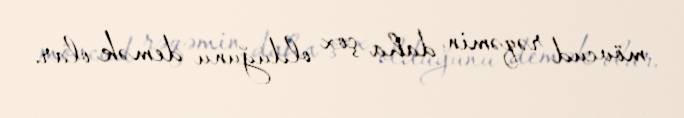
mövcud rəqəmin daha çox olduğunu demək olar.